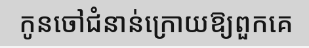
កូនចៅជំនាន់ក្រោយឱ្យពួកគេ